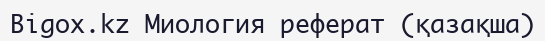
Bigox.kz Миология реферат (қазақша)